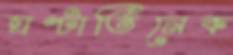
ঘণ্টাতিনেক